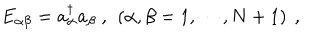
E _ { \alpha \beta } = a _ { \alpha } ^ { \dagger } a _ { \beta } \ , \ \left( \alpha , \beta = 1 , \cdots , N + 1 \right) \ ,